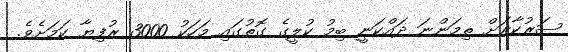
ސަރުކާރަށް ތިމަންނަ ދައްކަނީ ބިމު ކުލީގެ ގޮތުގައި މަހަކު 3000 ރުފިޔާ ކަމަށެވެ.